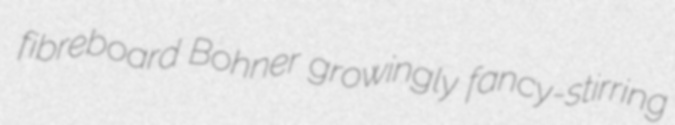
fibreboard Bohner growingly fancy-stirring